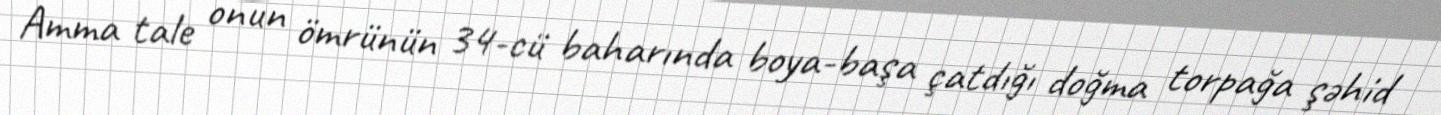
Amma tale onun ömrünün 34-cü baharında boya-başa çatdığı doğma torpağa şəhid